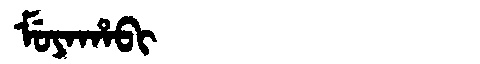
Manchu: ᠮᡠᠶᠠᡥᠠᠪᡳ
Romanization: MUYAHABI